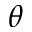
\theta